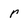
Character: r